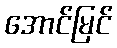
အောင်မြင်